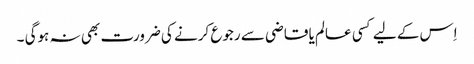
اِس کے لیے کسی عالم یا قاضی سے رجوع کرنے کی ضرورت بھی نہ ہوگی ۔